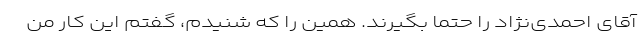
آقای احمدی‌نژاد را حتما بگیرند. همین را که شنیدم، گفتم این کار من